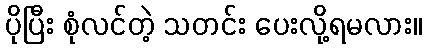
ပိုပြီး စုံလင်တဲ့ သတင်း ပေးလို့ရမလား။